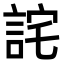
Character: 詫